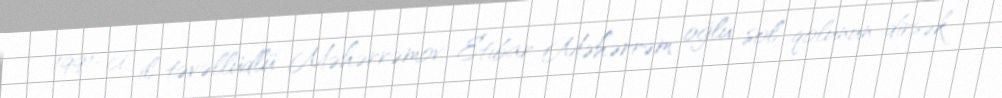
1991-ci il təvəllüdlü Məhərrəmov Etibar Məhərrəm oğlu sol qolunun dirsək